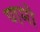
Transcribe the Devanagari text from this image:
णमो